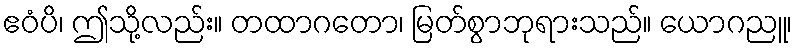
ဧဝံပိ၊ ဤသို့လည်း။ တထာဂတော၊ မြတ်စွာဘုရားသည်။ ယောဂညူ၊